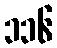
၁၁၆